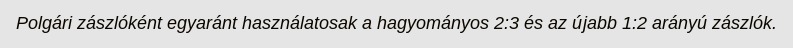
Polgári zászlóként egyaránt használatosak a hagyományos 2:3 és az újabb 1:2 arányú zászlók.